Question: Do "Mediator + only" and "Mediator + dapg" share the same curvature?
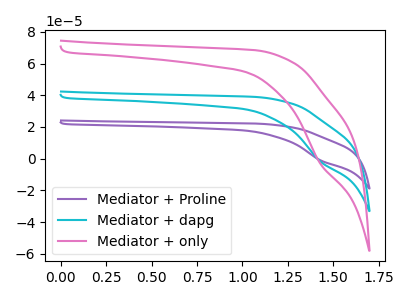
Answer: <think>The purple curve "Mediator + Proline" has a cathodic peak at: (1.45V, -3.70uA). The cyan curve "Mediator + dapg" has a cathodic peak at: (1.45V, -1.85uA). The pink curve "Mediator + only" has a cathodic peak at: (1.45V, -3.25uA).
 All the peaks in "Mediator + only" have a peak in "Mediator + dapg" at the same potential. Every peak in "Mediator + only" is higher than every peak in "Mediator + dapg".</think>
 <answer>"Mediator + only" and "Mediator + dapg" are similar in shape.</answer>
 <eval>same_shape</eval>